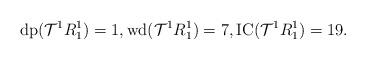
LaTeX: \begin{align*}\mathrm{dp}(\mathcal{T}^1{R_1^1})=1, \mathrm{wd}(\mathcal{T}^1{R_1^1})=7, \mathrm{IC}(\mathcal{T}^1{R_1^1})=19.\end{align*}